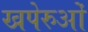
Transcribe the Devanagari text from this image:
खपेरुओं